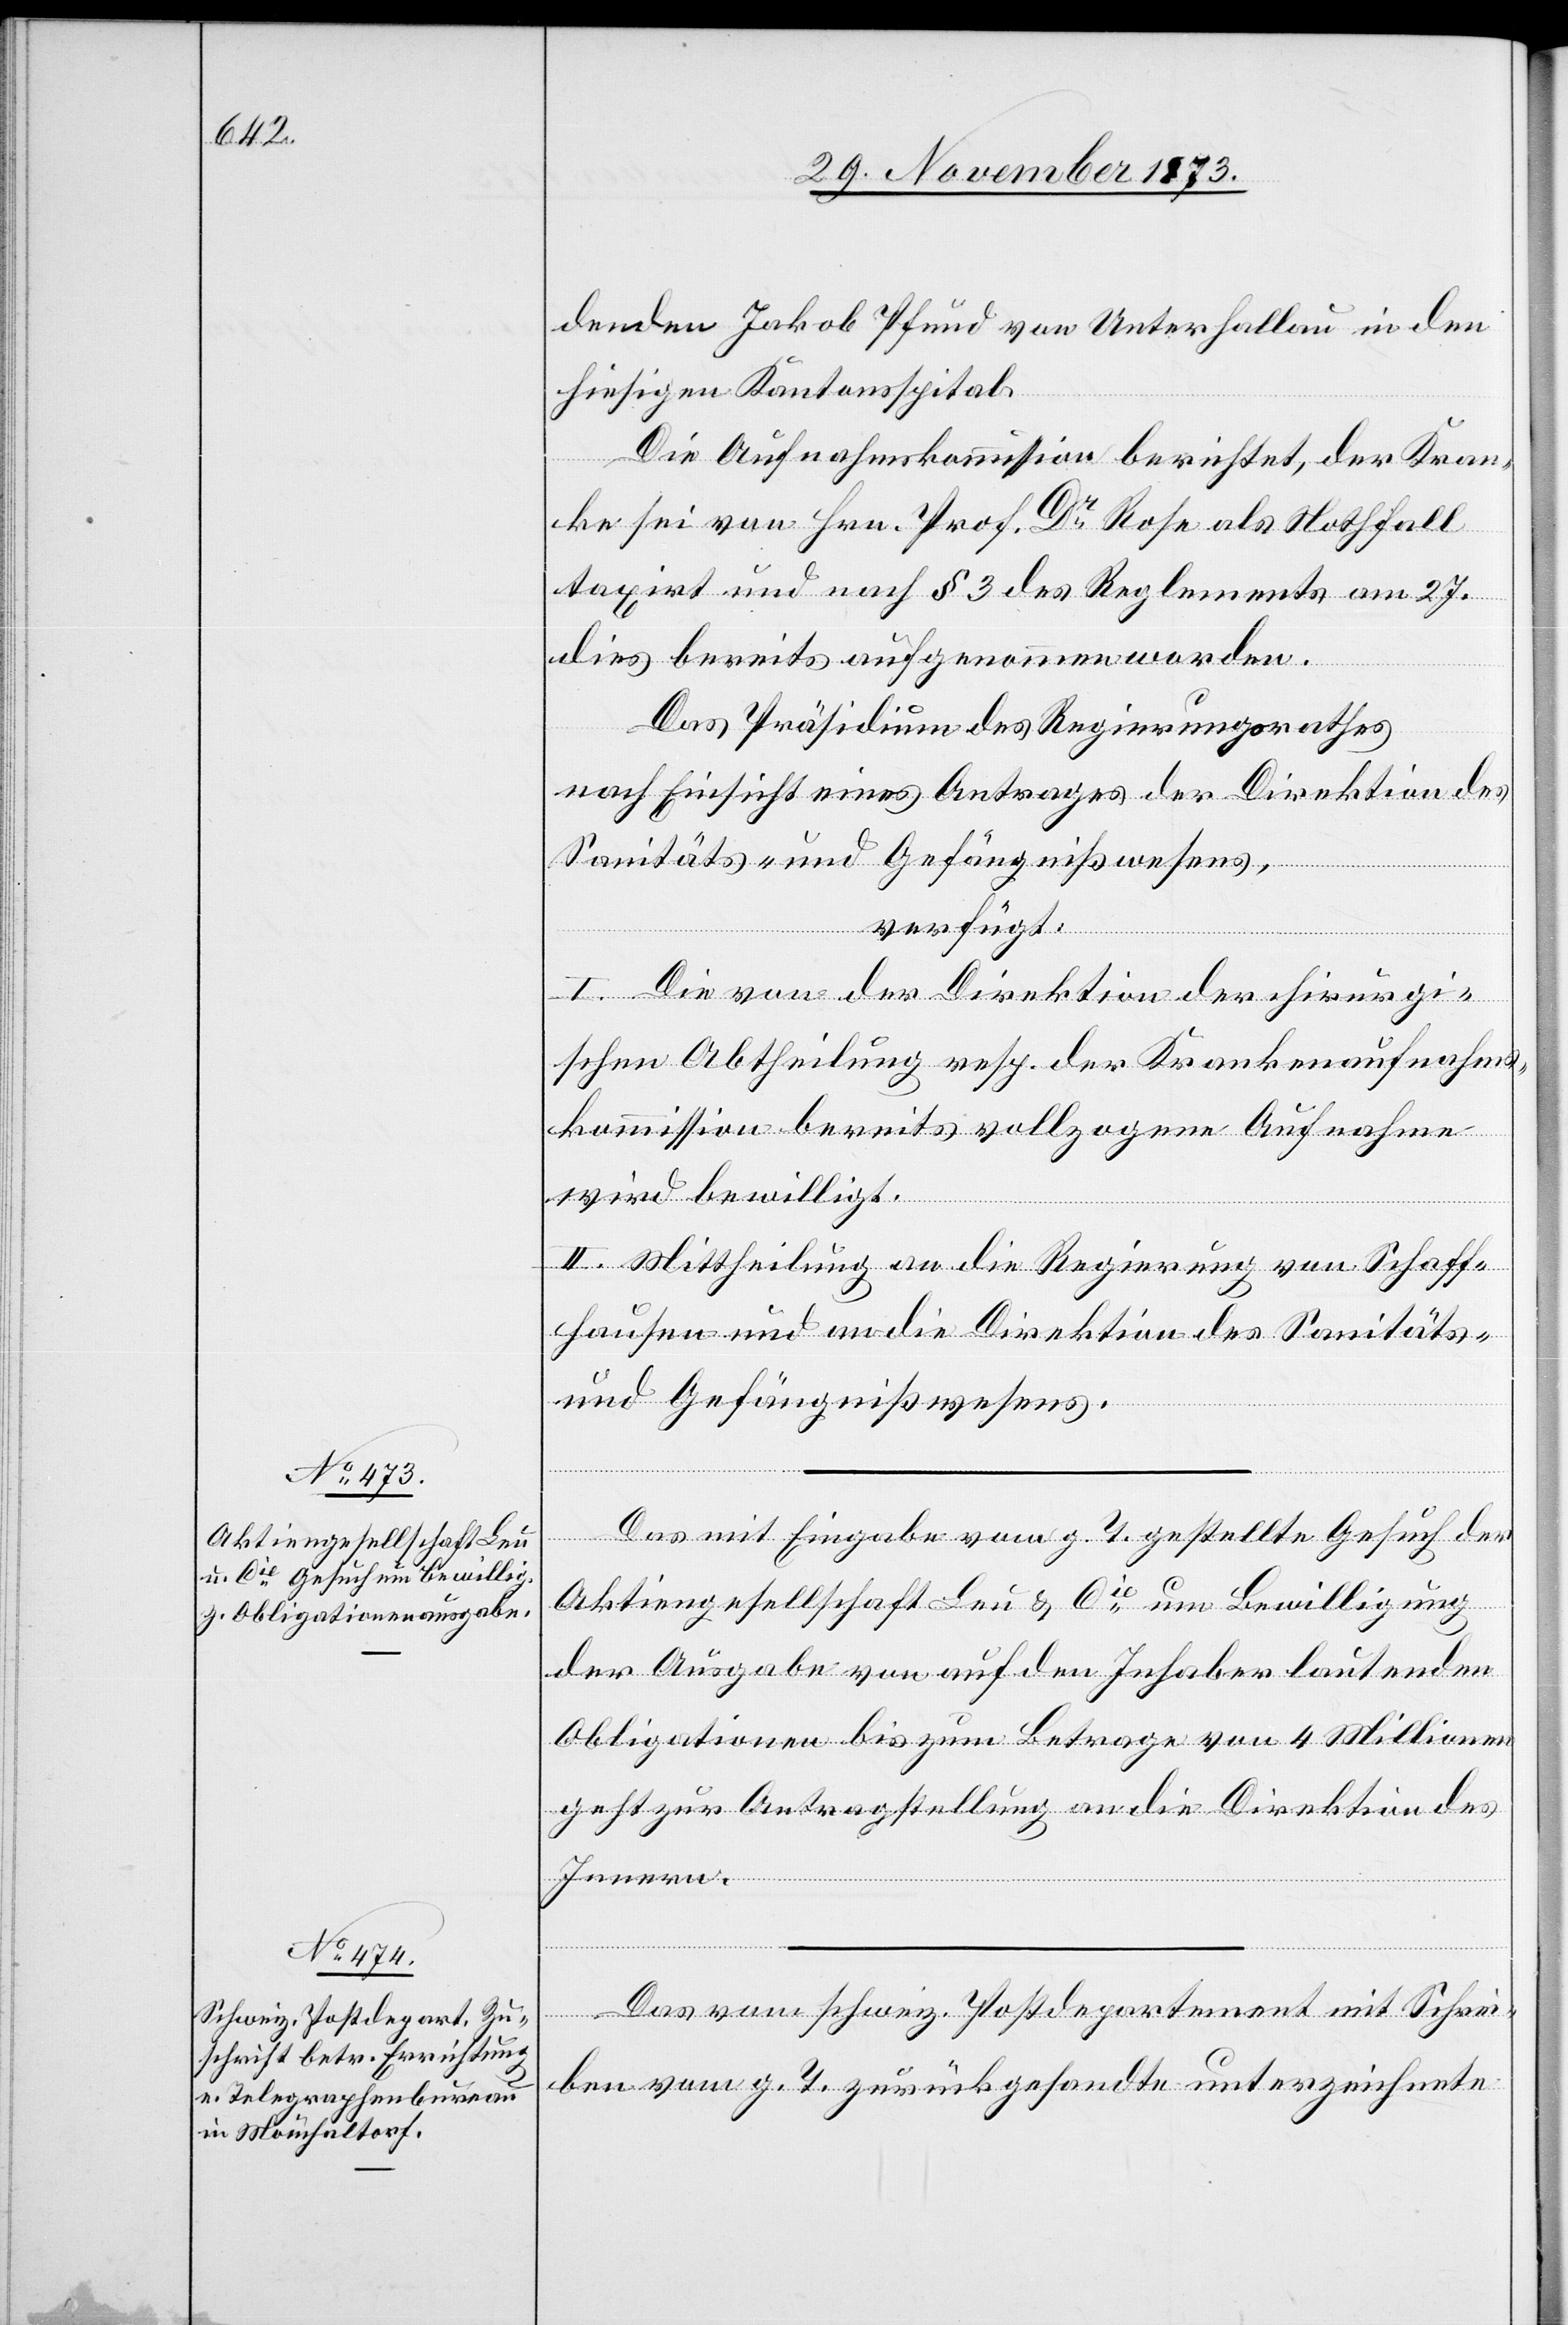
29. November 1873.]
denden Jakob Pfund von Unterhallau in den
hiesigen Kantonsspital.
Die Aufnahmskommission berichtet, der Kran¬
ke sei von Hrn. Prof. Dr Rose als Nothfall
taxirt und nach § 3 des Reglements am 27.
dies bereits aufgenommen worden.
Das Präsidium des Regierungsrathes
nach Einsicht eines Antrages der Direktion des
Sanitäts- und Gefängnißwesens,
mit
epartement
verfügt:
I. Die von der Direktion der chirurgi¬
schen Abtheilung resp. der Krankenaufnahms¬
kommission bereits vollzogene Aufnahme
wird bewilligt.
II. Mittheilung an die Regierung von Schaff¬
hausen und an die Direktion des Sanitäts-
und Gefängnißwesens.
Das mit Eingabe vom g. T. gestellte Gesuch der
Aktiengesellschaft Leu & Cie um Bewilligung
der Ausgabe von auf den Inhaber lautenden
Obligationen bis zum Betrage von 4 Millionen
geht zur Antragstellung an die Direktion des
Schre¬
Innern.
iben vom g. T. zurückgesandte unterzeichnete